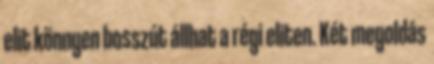
elit könnyen bosszút állhat a régi eliten. Két megoldás